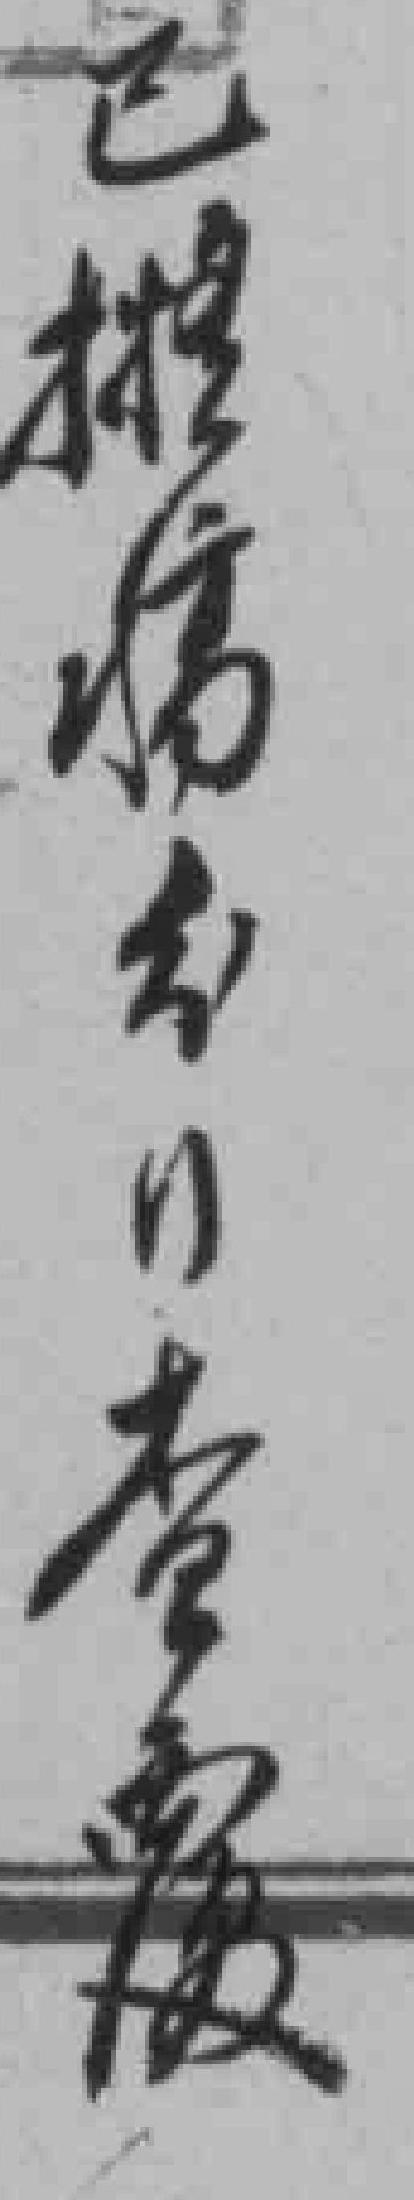
已*查覆